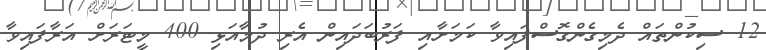
12 ސިކުންތައް ދެމިގެންގޮސްފައިވާ ކަމަށާއި ފަރުބަދައިން އެރި ދުމާއަޅި 400 މީޓަރަށް އަރާފައިވާ